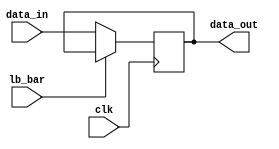
module reg_b (data_out, data_in, lb_bar, clk);

input [7:0] data_in;
input lb_bar, clk ; 
output reg[7:0] data_out;

always @(posedge clk )
begin 
    if (~lb_bar)
    begin
        data_out <= data_in ;
    end
end
endmodule